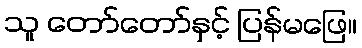
သူ တော်တော်နှင့် ပြန်မဖြေ။